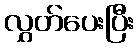
လွှတ်ပေးပြီး